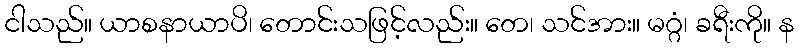
ငါသည်။ ယာစနာယာပိ၊ တောင်းသဖြင့်လည်း။ တေ၊ သင်အား။ မဂ္ဂံ၊ ခရီးကို။ န